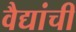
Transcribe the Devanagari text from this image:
वैद्यांची